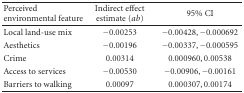
| Perceived environmental feature | Indirect effect estimate (ab) | 95% CI |
 | --- | --- | --- |
 | Local land-use mix | −0.00253 | −0.00428, − 0.000692 |
 | Aesthetics | −0.00196 | −0.00337, − 0.000595 |
 | Crime | 0.00314 | 0.000960, 0.00538 |
 | Access to services | −0.00530 | −0.00906, − 0.00161 |
 | Barriers to walking | 0.00097 | 0.000307, 0.00174 |